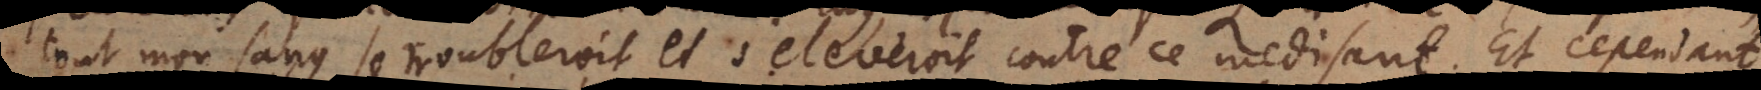
tout mon sang se troubleroit et s’eleveroit contre ce médisant. Et cependant